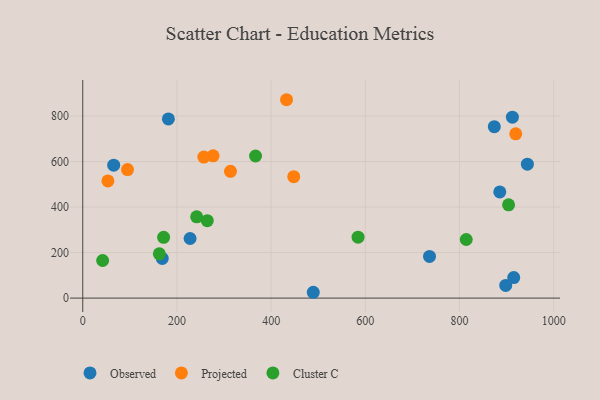
{"axis": {"x": "Experience", "y": "Demand"}, "legend": ["Cluster C", "Observed", "Projected"], "data": [{"x": "168.8", "y": 174.2, "type": "Observed"}, {"x": "227.9", "y": 262.0, "type": "Observed"}, {"x": "944.1", "y": 588.7, "type": "Observed"}, {"x": "873.9", "y": 753.2, "type": "Observed"}, {"x": "915.1", "y": 90.3, "type": "Observed"}, {"x": "885.5", "y": 466.7, "type": "Observed"}, {"x": "898.1", "y": 55.9, "type": "Observed"}, {"x": "912.3", "y": 795.0, "type": "Observed"}, {"x": "736.3", "y": 183.2, "type": "Observed"}, {"x": "65.7", "y": 584.2, "type": "Observed"}, {"x": "181.8", "y": 787.4, "type": "Observed"}, {"x": "489.5", "y": 25.6, "type": "Observed"}, {"x": "313.7", "y": 557.0, "type": "Projected"}, {"x": "95.0", "y": 564.7, "type": "Projected"}, {"x": "276.8", "y": 625.4, "type": "Projected"}, {"x": "919.4", "y": 721.9, "type": "Projected"}, {"x": "257.0", "y": 619.7, "type": "Projected"}, {"x": "432.7", "y": 871.7, "type": "Projected"}, {"x": "53.4", "y": 514.9, "type": "Projected"}, {"x": "448.0", "y": 533.7, "type": "Projected"}, {"x": "264.4", "y": 340.3, "type": "Cluster C"}, {"x": "162.6", "y": 194.6, "type": "Cluster C"}, {"x": "42.2", "y": 165.3, "type": "Cluster C"}, {"x": "241.9", "y": 357.3, "type": "Cluster C"}, {"x": "814.3", "y": 257.6, "type": "Cluster C"}, {"x": "584.6", "y": 267.9, "type": "Cluster C"}, {"x": "171.7", "y": 267.1, "type": "Cluster C"}, {"x": "904.2", "y": 409.9, "type": "Cluster C"}, {"x": "366.9", "y": 624.5, "type": "Cluster C"}]}